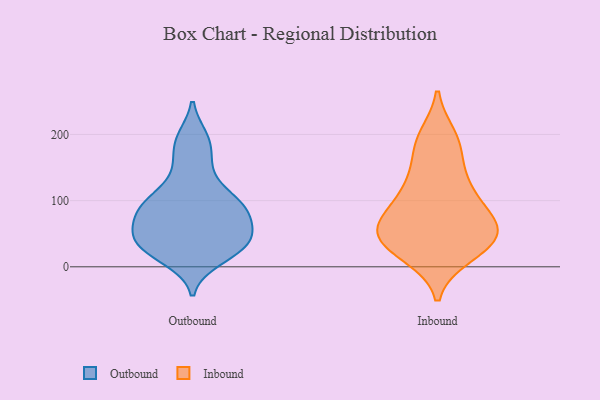
{"axis": {"x": "Inventory Turnover", "y": "Value"}, "legend": ["Inbound", "Outbound"], "data": [{"x": "", "y": 92, "type": "Outbound"}, {"x": "", "y": 108, "type": "Outbound"}, {"x": "", "y": 190, "type": "Outbound"}, {"x": "", "y": 86, "type": "Outbound"}, {"x": "", "y": 85, "type": "Outbound"}, {"x": "", "y": 23, "type": "Outbound"}, {"x": "", "y": 27, "type": "Outbound"}, {"x": "", "y": 12, "type": "Outbound"}, {"x": "", "y": 162, "type": "Outbound"}, {"x": "", "y": 27, "type": "Outbound"}, {"x": "", "y": 100, "type": "Outbound"}, {"x": "", "y": 72, "type": "Outbound"}, {"x": "", "y": 46, "type": "Outbound"}, {"x": "", "y": 93, "type": "Outbound"}, {"x": "", "y": 38, "type": "Outbound"}, {"x": "", "y": 59, "type": "Outbound"}, {"x": "", "y": 52, "type": "Outbound"}, {"x": "", "y": 194, "type": "Outbound"}, {"x": "", "y": 42, "type": "Outbound"}, {"x": "", "y": 139, "type": "Outbound"}, {"x": "", "y": 68, "type": "Inbound"}, {"x": "", "y": 182, "type": "Inbound"}, {"x": "", "y": 18, "type": "Inbound"}, {"x": "", "y": 47, "type": "Inbound"}, {"x": "", "y": 43, "type": "Inbound"}, {"x": "", "y": 41, "type": "Inbound"}, {"x": "", "y": 23, "type": "Inbound"}, {"x": "", "y": 69, "type": "Inbound"}, {"x": "", "y": 129, "type": "Inbound"}, {"x": "", "y": 110, "type": "Inbound"}, {"x": "", "y": 76, "type": "Inbound"}, {"x": "", "y": 189, "type": "Inbound"}, {"x": "", "y": 66, "type": "Inbound"}, {"x": "", "y": 139, "type": "Inbound"}, {"x": "", "y": 106, "type": "Inbound"}, {"x": "", "y": 196, "type": "Inbound"}, {"x": "", "y": 30, "type": "Inbound"}, {"x": "", "y": 51, "type": "Inbound"}]}